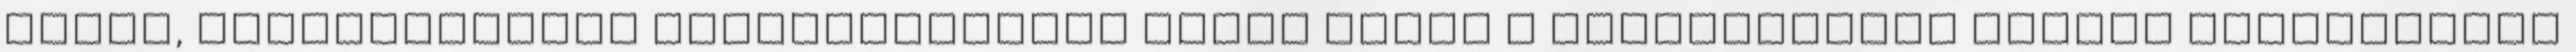
lehet, részmunkaidős foglalkoztatás során ennek a részmunkaidő teljes munkaidővel